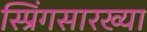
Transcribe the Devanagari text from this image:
स्प्रिंगसारख्या